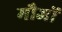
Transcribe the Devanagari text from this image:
मौजों